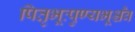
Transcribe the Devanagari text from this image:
पितृभूःपुण्यभूश्चैव